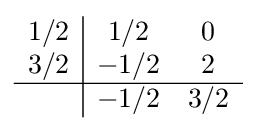
{\begin{array}{c|cc}1/2&1/2&0\\3/2&-1/2&2\\\hline &-1/2&3/2\\\end{array}}